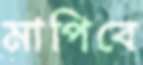
মাপিবে